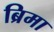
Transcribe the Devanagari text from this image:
ब्रिमा